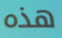
هذه